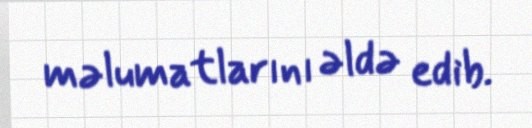
məlumatlarını əldə edib.